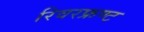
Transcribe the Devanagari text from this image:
रिवरफ्रण्ट